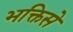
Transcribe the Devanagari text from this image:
भक्तिसे